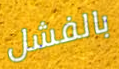
بالفشل